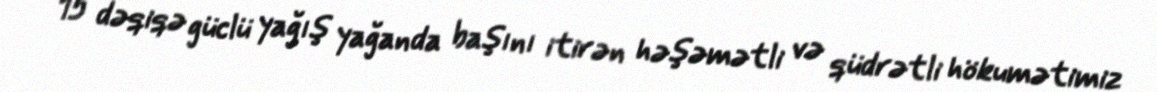
15 dəqiqə güclü yağış yağanda başını itirən həşəmətli və qüdrətli hökumətimiz